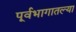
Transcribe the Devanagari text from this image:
पूर्वभागातल्या